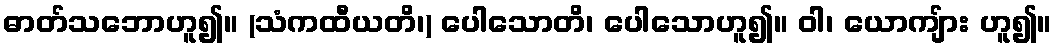
ဓာတ်သဘောဟူ၍။ (သံကထီယတိ၊) ပေါသောတိ၊ ပေါသောဟူ၍။ ဝါ၊ ယောကျ်ား ဟူ၍။